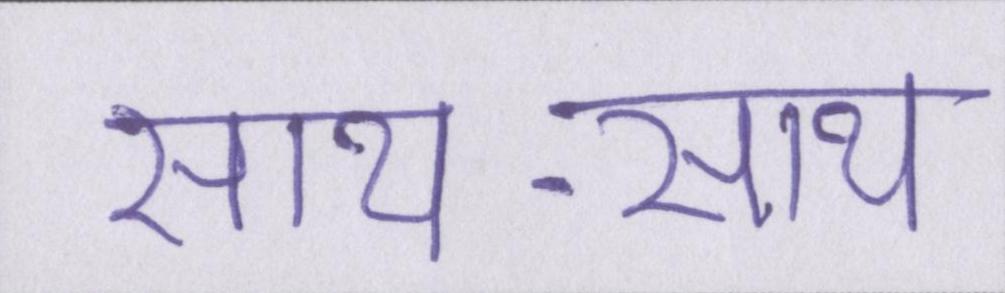
साथ-साथ